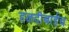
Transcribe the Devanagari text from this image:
हळदीबाईच